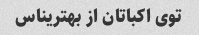
توی اکباتان از بهتریناس